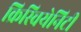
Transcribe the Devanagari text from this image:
क्रिस्चियेनिटी